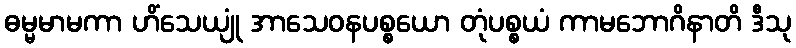
ဓမ္မမာမကာ ဟိံသေယျုံ အာသေဝနပစ္စယော တုံပစ္စယံ ကာမဘောဂိနာတိ ဒီသု